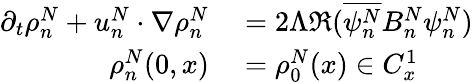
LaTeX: \begin{array}{rl}{\partial_{t}\rho_{n}^{N}+u_{n}^{N}\cdot\nabla\rho_{n}^{N}}&{{}=2\Lambda\Re(\overline{{\psi_{n}^{N}}}B_{n}^{N}\psi_{n}^{N})}\\ {\rho_{n}^{N}(0,x)}&{{}=\rho_{0}^{N}(x)\in C_{x}^{1}}\end{array}